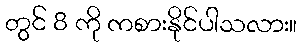
တွင် 8 ကို ကစားနိုင်ပါသလား။